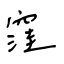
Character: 窪